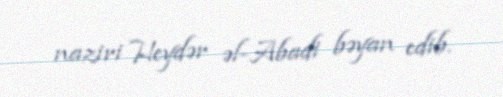
naziri Heydər əl-Abadi bəyan edib.